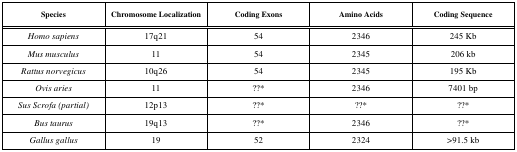
| Species | Chromosome Localization | Coding Exons | Amino Acids | Coding Sequence |
 | --- | --- | --- | --- | --- |
 | Homo sapiens | 17q21 | 54 | 2346 | 245 Kb |
 | Mus musculus | 11 | 54 | 2345 | 206 kb |
 | Rattus norvegicus | 10q26 | 54 | 2345 | 195 Kb |
 | Ovis aries | 11 | ??* | 2346 | 7401 bp |
 | Sus Scrofa (partial) | 12p13 | ??* | ??* | ??* |
 | Bus taurus | 19q13 | ??* | 2346 | ??* |
 | Gallus gallus | 19 | 52 | 2324 | >91.5 kb |